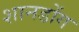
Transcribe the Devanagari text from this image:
शानडोंग